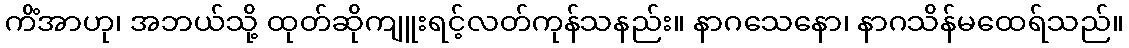
ကိံအာဟု၊ အဘယ်သို့ ထုတ်ဆိုကျူးရင့်လတ်ကုန်သနည်း။ နာဂသေနော၊ နာဂသိန်မထေရ်သည်။